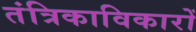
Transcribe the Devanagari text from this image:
तंत्रिकाविकारों